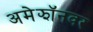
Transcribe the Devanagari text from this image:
अमेझॉनवर